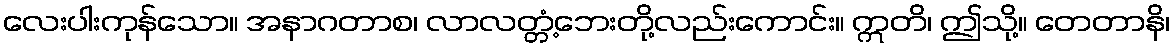
လေးပါးကုန်သော။ အနာဂတာစ၊ လာလတ္တံ့ဘေးတို့လည်းကောင်း။ ဣတိ၊ ဤသို့။ တေတာနိ၊